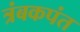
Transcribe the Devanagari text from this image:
त्रंबकपंत